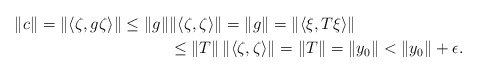
\begin{align*}\| c \| = \| \langle \zeta, g \zeta \rangle \| \leq \| g \| & \| \langle \zeta, \zeta \rangle \| = \| g \| = \| \langle \xi, T \xi \rangle \| \\&\leq \| T \| \, \| \langle \zeta, \zeta \rangle \| = \| T \| = \| y_0 \| < \| y_0 \| + \epsilon.\end{align*}